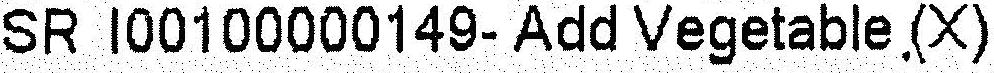
SR I00100000149- ADD VEGETABLE (X)